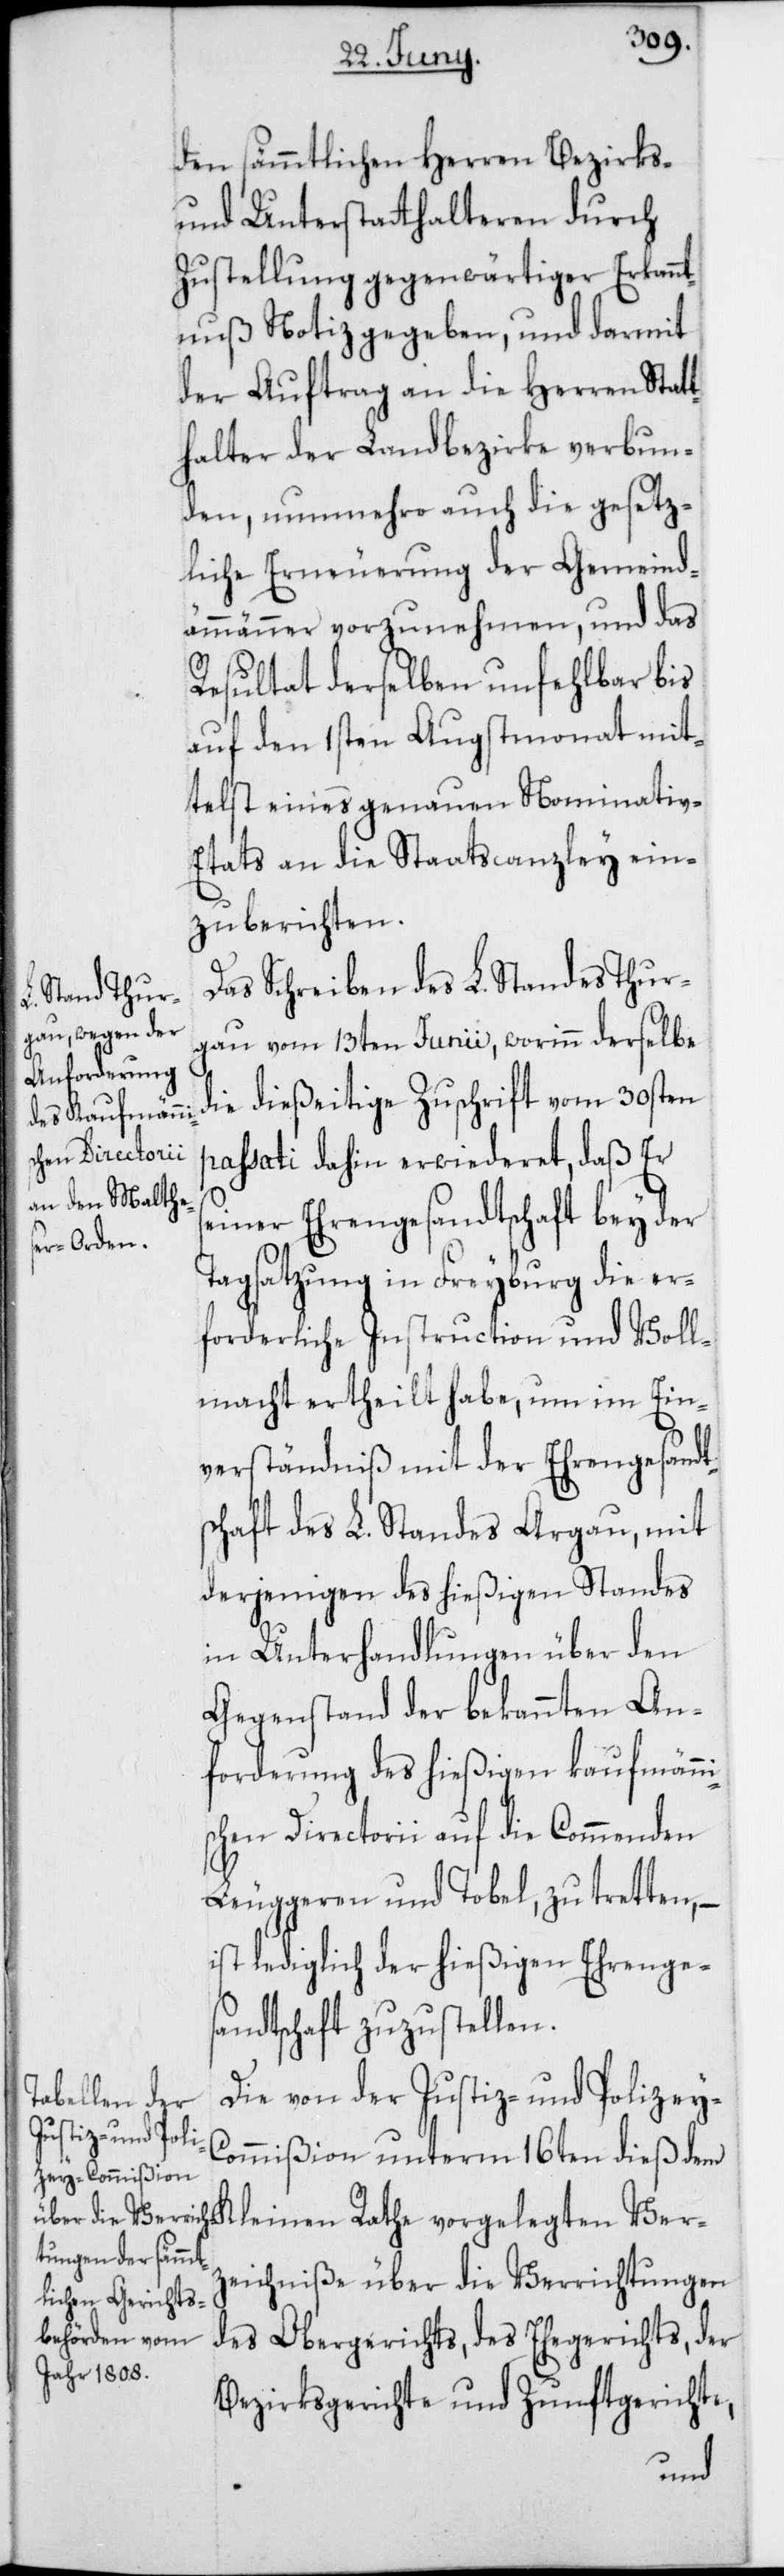
den sämmtlichen Herren Bezirks-
und Unterstatthalteren durch
Zustellung gegenwärtiger Erkann¬
tnuß Notiz gegeben, und darmit
der Auftrag an die Herren Stat¬
thalter der Landbezirke verbun¬
den, nunmehro auch die gesetz¬
liche Erneuerung der Gemeind¬
ammänner vorzunehmen, und das
Resultat derselben unfehlbar bis
auf den 1sten Augstmonat mit¬
telst eines genauen Nominativ-E¬
tats an die Staatscanzley ein¬
zuberichten.
Das Schreiben des L. Standes Thur¬
gau vom 13ten Junii, worinn derselbe
die dießeitige Zuschrift vom 30sten
passati dahin erwiederet, daß Er
seiner Ehrengesandtschaft bey der
Tagsatzung in Freyburg die er¬
forderliche Instruction und Voll¬
macht ertheilt habe, um im Ein¬
verständniß mit der Ehrengesandt¬
schaft des L. Standes Argau, mit
derjenigen des hießigen Standes
in Unterhandlungen über den
Gegenstand der bekannten An¬
forderung des hießigen kaufmänni¬
schen Directorii auf die Commenden
Leuggeren und Tobel, zu tretten, –
ist lediglich der hießigen Ehrenge¬
sandtschaft zuzustellen.
Die von der Justiz- und Polizey-C¬
ommißion unterm 16ten dieß dem
zeichniße über die Verrichtungen
des Obergerichts, des Ehegerichts, der
Bezirksgerichte und Zunftgerichte,
Ver¬